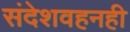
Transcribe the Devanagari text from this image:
संदेशवहनही